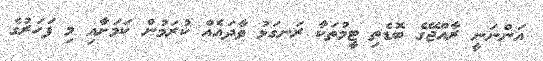
އަންނަނީ ރާއްޖޭގެ ބޮޑެތި ޓީމުތަކާ ރަނގަޅު ވާދައެއް ކުރަމުން ކަމަށާއި މި ފަހަރުގެ